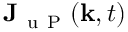
\mathbf { J } _ { \mathrm { ~ u ~ P ~ } } ( \mathbf { k } , t )